Report of cholera committee
Disease focus: Cholera
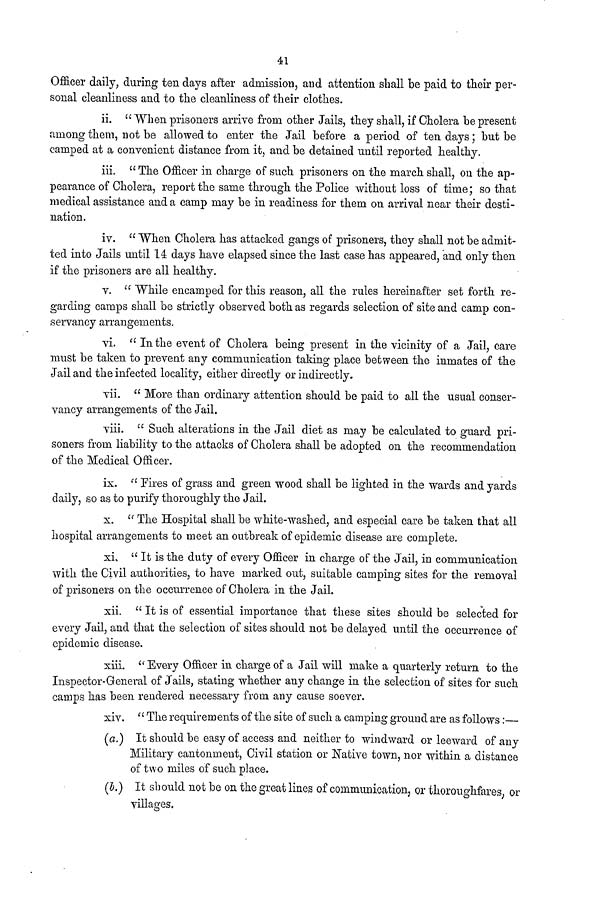
41
Officer daily, during ten days after admission, and attention shall be paid to their per-
sonal cleanliness and to the cleanliness of their clothes.
ii.
"When prisoners arrive from other Jails, they shall, if Cholera be present
among them, not be allowed to enter the Jail before a period of ten days ; but be
camped at a convenient distance from it, and be detained until reported healthy.
iii. " The Officer in charge of such prisoners on the march shall, on the ap-
pearance of Cholera, report the same through the Police without loss of time ; so that
medical assistance and a camp may be in readiness for them on arrival near their desti-
nation.
iv. " When Cholera has attacked gangs of prisoners, they shall not be admit-
ted into Jails until 14 days have elapsed since the last case has appeared, and only then
if the prisoners are all healthy.
v.
"While encamped for this reason, all the rules hereinafter set forth re-
garding camps shall be strictly observed both as regards selection of site and camp con-
servancy arrangements.
vi. " In the event of Cholera being present in the vicinity of a Jail, care
must be taken to prevent any communication taking place between the inmates of the
Jail and the infected locality, either directly or indirectly.
vii. " More than ordinary attention should be paid to all the usual conser-
vancy arrangements of the Jail.
viii. " Such alterations in the Jail diet as may be calculated to guard pri-
soners from liability to the attacks of Cholera shall be adopted on the recommendation
of the Medical Officer.
ix. " Fires of grass and green wood shall be lighted in the wards and yards
daily, so as to purify thoroughly the Jail.
x. " The Hospital shall be white-washed, and especial care be taken that all
hospital arrangements to meet an outbreak of epidemic disease are complete.
xi. " It is the duty of every Officer in charge of the Jail, in communication
with the Civil authorities, to have marked out, suitable camping sites for the removal
of prisoners on the occurrence of Cholera in the Jail.
xii. " It is of essential importance that these sites should be selected for
every Jail, and that the selection of sites should not be delayed until the occurrence of
epidemic disease.
xiii. " Every Officer in charge of a Jail will make a quarterly return to the
Inspector-General of Jails, stating whether any change in the selection of sites for such
camps has been rendered necessary from any cause soever.
xiv. " The requirements of the site of such a camping ground are as follows :—
(a.) It should be easy of access and neither to windward or leeward of any
Military cantonment, Civil station or Native town, nor within a distance
of two miles of such place.
(b.) It should not be on the great lines of communication, or thoroughfares; or
villages.